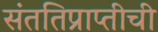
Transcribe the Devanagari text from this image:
संततिप्राप्तीची